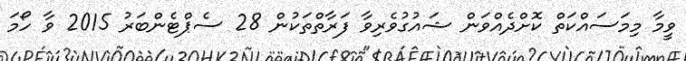
ވީމާ މިމަސައްކަތް ކޮށްދެއްވަން ޝައުގުވެރިވާ ފަރާތްތަކުން 28 ސެޕްޓެންބަރު 2015 ވާ ހޯމަ